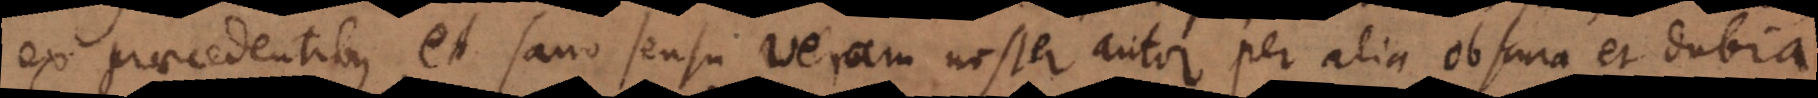
ex praecedentibus, et sano sensu veram noster autor per alia obscura et dubia